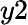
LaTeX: y2